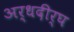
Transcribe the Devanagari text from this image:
अर्धदीर्घ